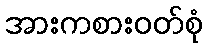
အားကစားဝတ်စုံ